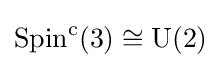
\operatorname {Spin} ^{\mathrm {c} }(3)\cong \operatorname {U} (2)